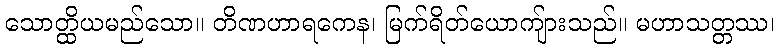
သောတ္ထိယမည်သော။ တိဏဟာရကေန၊ မြက်ရိတ်ယောကျ်ားသည်။ မဟာသတ္တဿ၊